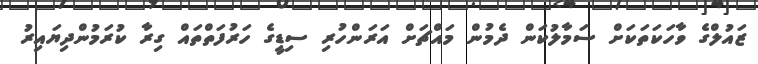
ޒައުލްގެ ވާހަކަތަކަށް ސަމާލުކަން ދެމުން މައްޗަށް އަރަންހުރި ސިޑީގެ ހަރުފަތްތައް ގިރާ ކުރަމުންދިޔައިރު